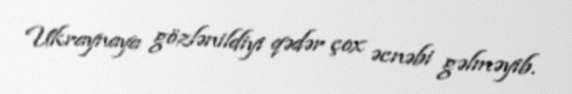
Ukraynaya gözlənildiyi qədər çox əcnəbi gəlməyib.